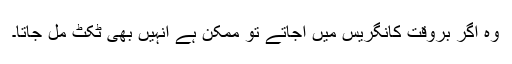
وہ اگر بروقت کانگریس میں آجاتے تو ممکن ہے انہیں بھی ٹکٹ مل جاتا۔